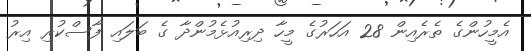
އެމީހުންގެ ތެރެއިން 28 އަހަރުގެ މީހާ ދިރިއުޅެމުންދާ ގެ ބަލައި ފާސްކުރި އިރު